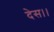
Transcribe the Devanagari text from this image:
देस।।